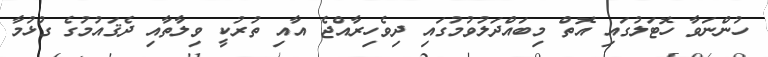
ހުންނަވާ ހޮޓަލުގައި އޮތް މިބައްދަލުވުމުގައި ދިވެހިރާއްޖެ އާއި ތުރުކީ ވިލާތާއި ދެޤައުމުގެ ގުޅުމާ